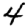
Digit: 4